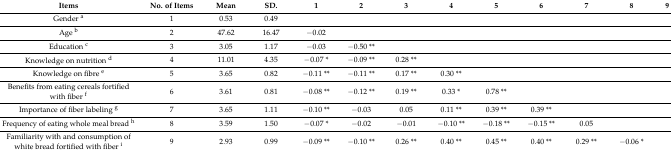
<table><thead><tr><td><b>Items</b></td><td><b>No. of Items</b></td><td><b>Mean</b></td><td><b>SD.</b></td><td><b>1</b></td><td><b>2</b></td><td><b>3</b></td><td><b>4</b></td><td><b>5</b></td><td><b>6</b></td><td><b>7</b></td><td><b>8</b></td><td><b>9</b></td></tr></thead><tbody><tr><td>Gender <sup>a</sup></td><td>1</td><td>0.53</td><td>0.49</td><td>[EMPTY_CELL]</td><td>[EMPTY_CELL]</td><td>[EMPTY_CELL]</td><td>[EMPTY_CELL]</td><td>[EMPTY_CELL]</td><td>[EMPTY_CELL]</td><td>[EMPTY_CELL]</td><td>[EMPTY_CELL]</td><td>[EMPTY_CELL]</td></tr><tr><td>Age <sup>b</sup></td><td>2</td><td>47.62</td><td>16.47</td><td>−0.02</td><td>[EMPTY_CELL]</td><td>[EMPTY_CELL]</td><td>[EMPTY_CELL]</td><td>[EMPTY_CELL]</td><td>[EMPTY_CELL]</td><td>[EMPTY_CELL]</td><td>[EMPTY_CELL]</td><td>[EMPTY_CELL]</td></tr><tr><td>Education <sup>c</sup></td><td>3</td><td>3.05</td><td>1.17</td><td>−0.03</td><td>−0.50 **</td><td>[EMPTY_CELL]</td><td>[EMPTY_CELL]</td><td>[EMPTY_CELL]</td><td>[EMPTY_CELL]</td><td>[EMPTY_CELL]</td><td>[EMPTY_CELL]</td><td>[EMPTY_CELL]</td></tr><tr><td>Knowledge on nutrition <sup>d</sup></td><td>4</td><td>11.01</td><td>4.35</td><td>−0.07 *</td><td>−0.09 **</td><td>0.28 **</td><td>[EMPTY_CELL]</td><td>[EMPTY_CELL]</td><td>[EMPTY_CELL]</td><td>[EMPTY_CELL]</td><td>[EMPTY_CELL]</td><td>[EMPTY_CELL]</td></tr><tr><td>Knowledge on fibre <sup>e</sup></td><td>5</td><td>3.65</td><td>0.82</td><td>−0.11 **</td><td>−0.11 **</td><td>0.17 **</td><td>0.30 **</td><td>[EMPTY_CELL]</td><td>[EMPTY_CELL]</td><td>[EMPTY_CELL]</td><td>[EMPTY_CELL]</td><td>[EMPTY_CELL]</td></tr><tr><td>Benefits from eating cereals fortified with fiber <sup>f</sup></td><td>6</td><td>3.61</td><td>0.81</td><td>−0.08 **</td><td>−0.12 **</td><td>0.19 **</td><td>0.33 *</td><td>0.78 **</td><td>[EMPTY_CELL]</td><td>[EMPTY_CELL]</td><td>[EMPTY_CELL]</td><td>[EMPTY_CELL]</td></tr><tr><td>Importance of fiber labeling <sup>g</sup></td><td>7</td><td>3.65</td><td>1.11</td><td>−0.10 **</td><td>−0.03</td><td>0.05</td><td>0.11 **</td><td>0.39 **</td><td>0.39 **</td><td>[EMPTY_CELL]</td><td>[EMPTY_CELL]</td><td>[EMPTY_CELL]</td></tr><tr><td>Frequency of eating whole meal bread <sup>h</sup></td><td>8</td><td>3.59</td><td>1.50</td><td>−0.07 *</td><td>−0.02</td><td>−0.01</td><td>−0.10 **</td><td>−0.18 **</td><td>−0.15 **</td><td>0.05</td><td>[EMPTY_CELL]</td><td>[EMPTY_CELL]</td></tr><tr><td>Familiarity with and consumption of white bread fortified with fiber <sup>i</sup></td><td>9</td><td>2.93</td><td>0.99</td><td>−0.09 **</td><td>−0.10 **</td><td>0.26 **</td><td>0.40 **</td><td>0.45 **</td><td>0.40 **</td><td>0.29 **</td><td>−0.06 *</td><td>[EMPTY_CELL]</td></tr></tbody></table>